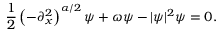
\frac { 1 } { 2 } \left( - \partial _ { x } ^ { 2 } \right) ^ { \alpha / 2 } \psi + \omega \psi - | \psi | ^ { 2 } \psi = 0 .